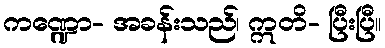
ကဏ္ဍော- အခန်းသည်၊ ဣတိ- ပြီးပြီ။